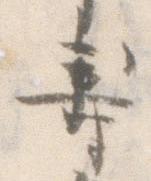
寿